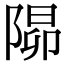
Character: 𨺸